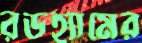
রডহ্যামের